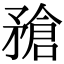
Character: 𥎄